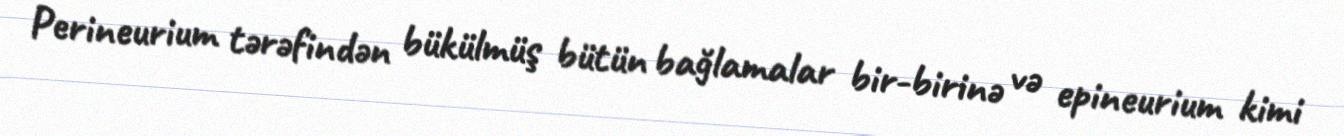
Perineurium tərəfindən bükülmüş bütün bağlamalar bir-birinə və epineurium kimi